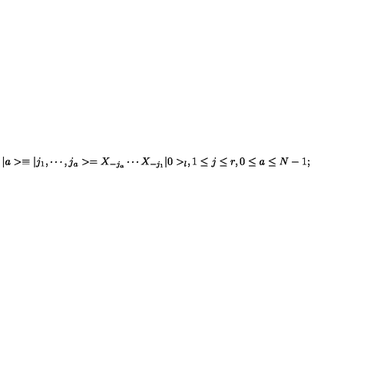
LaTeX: \vert a > \equiv \vert j _ { 1 } , \cdots , j _ { a } > = X _ { - j _ { a } } \cdots X _ { - j _ { 1 } } \vert 0 > _ { l } , 1 \leq j \leq r , 0 \leq a \leq N - 1 ;